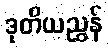
ဒုတိယညွှန်